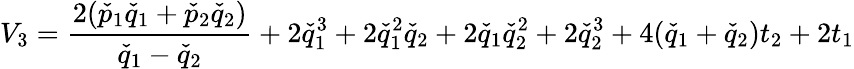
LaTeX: V_{3}=\frac{2(\check{p}_{1}\check{q}_{1}+\check{p}_{2}\check{q}_{2})}{\check{q}_{1}-\check{q}_{2}}+2\check{q}_{1}^{3}+2\check{q}_{1}^{2}\check{q}_{2}+2\check{q}_{1}\check{q}_{2}^{2}+2\check{q}_{2}^{3}+4(\check{q}_{1}+\check{q}_{2})t_{2}+2t_{1}